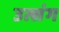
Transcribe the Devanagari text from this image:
उत्संग